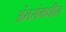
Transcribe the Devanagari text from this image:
अंतरांमधील